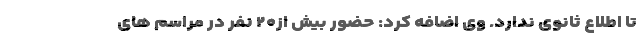
تا اطلاع ثانوی ندارد. وی اضافه کرد: حضور بیش از۲۰ نفر در مراسم های